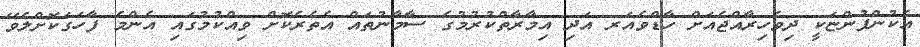
އެކުންފުންޏަކީ ދިވެހިރާއްޖެއަށް ހާޑްވެއަރ އަދި އިމާރާތްކުރުމުގެ ސާމާނުތައް އެތެރެކޮށް ވިއްކުމުގައި އެންމެ ފާހަގަކޮށްލެވޭ